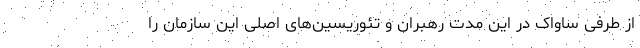
از طرفی ساواک در این مدت رهبران و تئوریسین‌های اصلی این سازمان را